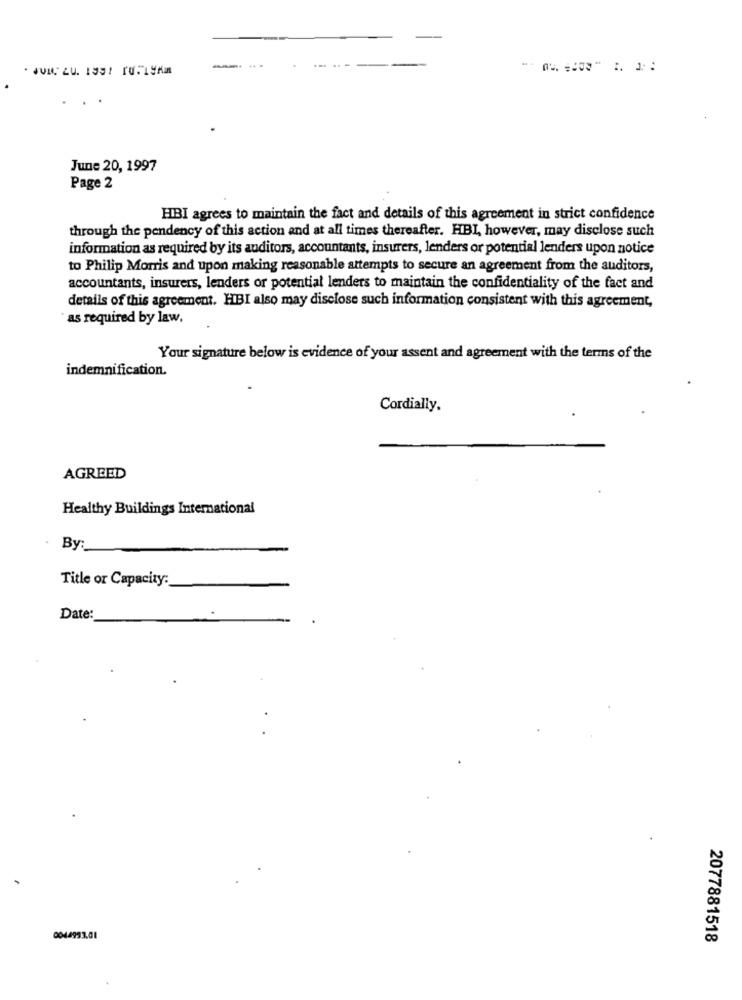
June 20, 1997
Page 2
HBI agrees to maintain the fact and details of this agreement in strict confidence
through the pendency of this action and at all times thereafter. HBI, however, may disclose such
information as required by its auditors, accountants, insurers, lenders or potential lenders upon notice
to Philip Morris and upon making reasonable attempts to secure an agreement from the auditors,
accountants, insurers, lenders or potential lenders to maintain the confidentiality of the fact and
details of this agreement. HBI also may disclose such information consistent with this agreement,
`as required by law,
Your signature below is evidence of your assent and agreement with the terms of the
indemnification.
Cordially.
AGREED
Healthy Buildings International
By:
Title or Capacity:
Date:
0044953.01
2077881518